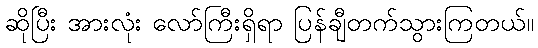
ဆိုပြီး အားလုံး လော်ကြီးရှိရာ ပြန်ချီတက်သွားကြတယ်။